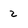
Character: 2